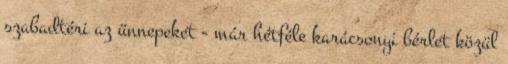
szabadtéri az ünnepeket - már hétféle karácsonyi bérlet közül